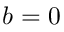
b = 0